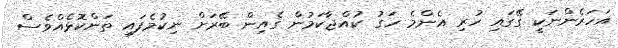
އަހަރެންނަކީ ގޭގައި ހުރި އެންމެ ހަގު ކުއްޖާކަމުން ގެއިން ބޭރަށް ނިކުމެފައި ތަންކޮޅެއްވެސް